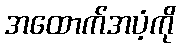
အထောက်အပံ့ကို